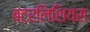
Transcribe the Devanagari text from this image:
बटरलिशियस